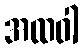
အထဝါ